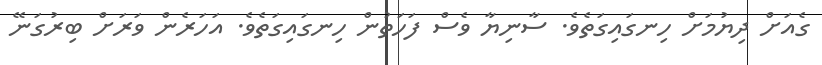
ގެއަށް ދިޔުމަށް ހިނގައިގަތެވެ. ސާނިޔާ ވެސް ފަހަތުން ހިނގައިގަތެވެ. އަހަރެން ވަރަށް ބިރުގަނޭ